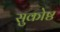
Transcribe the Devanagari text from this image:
सुकोष्ठ